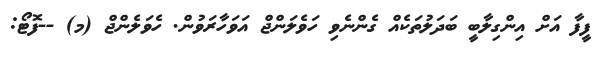
ފީފާ އަށް އިންގިލާބީ ބަދަލުތަކެއް ގެންނެވި ހަވެލަންޖް އަވަހާރަވުން. ހެވަލެންޖް (މ) --ފޮޓޯ: